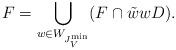
LaTeX: \begin{align*}F = \bigcup_{w \in W_{J^{\min}_V}} (F \cap \tilde{w}wD).\end{align*}